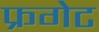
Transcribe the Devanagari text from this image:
फ्रगेट